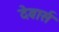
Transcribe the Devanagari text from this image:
देवार्स